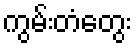
ကွမ်းတံတွေး